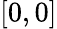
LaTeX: [0,0]